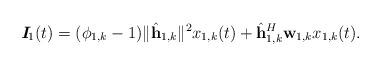
LaTeX: \begin{align*}\textit{\textbf{I}}_{1}(t) = (\phi_{1,k} - 1) \| \hat{\textbf{h}}_{1,k} \|^2 x_{1,k}(t) + \hat{\textbf{h}}~\!\!_{1,k}^H \textbf{w}_{1,k} x_{1,k}(t).\end{align*}